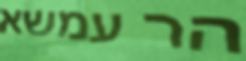
הר עמשא